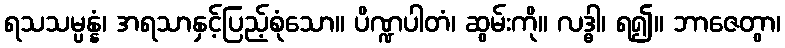
ရသသမ္ပန္နံ၊ အရသာနှင့်ပြည့်စုံသော။ ပိဏ္ဍပါတံ၊ ဆွမ်းကို။ လဒ္ဓါ၊ ရ၍။ ဘာဇေတွာ၊